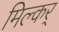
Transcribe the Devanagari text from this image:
मिल्कर्